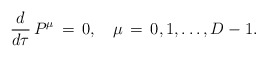
\begin{align*}\frac{d}{d \tau}\,P^\mu \,=\,0, \quad \mu \,=\,0,1,\ldots , D-1.\end{align*}